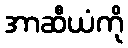
အာဆီယံကို